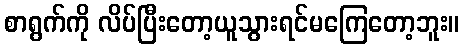
စာရွက်ကို လိပ်ပြီးတော့ယူသွားရင်မကြေတော့ဘူး။